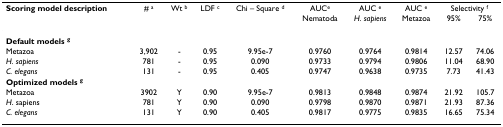
<table><thead><tr><td><b>Scoring model description</b></td><td><b># <sup>a</sup></b></td><td><b>Wt <sup>b</sup></b></td><td><b>LDF <sup>c</sup></b></td><td><b>Chi – Square <sup>d</sup></b></td><td><b>AUC<sup>e</sup></b></td><td><b>AUC <sup>e</sup></b></td><td><b>AUC <sup>e</sup></b></td><td colspan="2"><b>Selectivity <sup>f</sup></b></td></tr><tr><td></td><td></td><td></td><td></td><td></td><td><b>Nematoda</b></td><td><b><i>H. sapiens</i></b></td><td><b>Metazoa</b></td><td><b>95%</b></td><td><b>75%</b></td></tr></thead><tbody><tr><td colspan="10"><b>Default models </b><sup><b>g</b></sup></td></tr><tr><td>Metazoa</td><td>3,902</td><td>-</td><td>0.95</td><td>9.95e-7</td><td>0.9760</td><td>0.9764</td><td>0.9814</td><td>12.57</td><td>74.06</td></tr><tr><td><i>H. sapiens</i></td><td>781</td><td>-</td><td>0.95</td><td>0.090</td><td>0.9733</td><td>0.9794</td><td>0.9806</td><td>11.04</td><td>68.90</td></tr><tr><td><i>C. elegans</i></td><td>131</td><td>-</td><td>0.95</td><td>0.405</td><td>0.9747</td><td>0.9638</td><td>0.9735</td><td>7.73</td><td>41.43</td></tr><tr><td colspan="10"><b>Optimized models </b><sup><b>g</b></sup></td></tr><tr><td>Metazoa</td><td>3902</td><td>Y</td><td>0.90</td><td>9.95e-7</td><td>0.9813</td><td>0.9848</td><td>0.9874</td><td>21.92</td><td>105.7</td></tr><tr><td><i>H</i>. sapiens</td><td>781</td><td>Y</td><td>0.90</td><td>0.090</td><td>0.9798</td><td>0.9870</td><td>0.9871</td><td>21.93</td><td>87.36</td></tr><tr><td><i>C. elegans</i></td><td>131</td><td>Y</td><td>0.90</td><td>0.405</td><td>0.9817</td><td>0.9775</td><td>0.9835</td><td>16.65</td><td>75.34</td></tr></tbody></table>